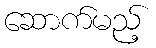
ဆောက်မည့်